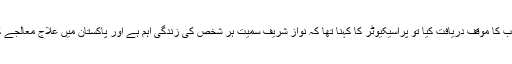
عدالت نے اس سلسلے میں نیب کا موقف دریافت کیا تو پراسیکیوٹر کا کہنا تھا کہ نواز شریف سمیت ہر شخص کی زندگی اہم ہے اور پاکستان میں علاج معالجے کی تمام سہولیات موجود ہیں۔